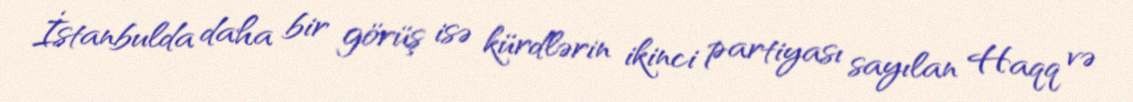
İstanbulda daha bir görüş isə kürdlərin ikinci partiyası sayılan Haqq və